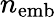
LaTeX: n_{\mathrm{emb}}